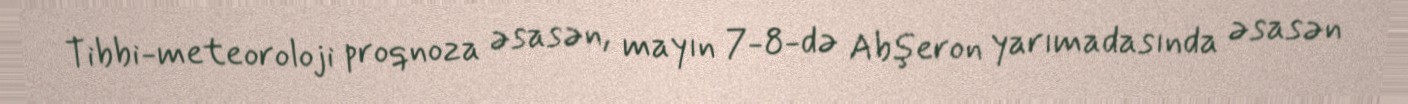
Tibbi-meteoroloji proqnoza əsasən, mayın 7-8-də Abşeron yarımadasında əsasən